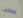
موظف